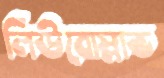
লিউবোস্লাভ